system: You are a helpful assistant.
user:
Analyze the provided spectrum to determine if it is a **S-type Star**.

- **Key Indicators for S-type Star:**

    - **(Overall Spectrum Shape):** The first and most obvious characteristic is the overall continuum (the "baseline" shape). It is **extremely "red-sloping,"** meaning the flux (light intensity) is very low on the left side (blue, ~4000-4500 Å) and rises steeply and continuously toward the right side (red, ~7000 Å+).

    - **(Primary):** The spectrum is defined by the presence of strong, broad molecular absorption "valleys" (bands) from **Zirconium Oxide (ZrO)**. The identification of these bands is the **primary requirement** for classifying a star as S-type.
        - **(Key Bandheads):** You must find distinct, deep "dips" where the light has been absorbed. The most critical band systems to locate are:
            - **~6474 Å** ($\gamma$-system): This is often the strongest and clearest ZrO feature, found in the red part of the spectrum.
            - **~5718 Å** & **~5551 Å** ($\beta$-system): A pair of prominent absorption features in the yellow-orange part of the spectrum.
            - **~4640 Å** ($\alpha$-system): A key absorption band system in the blue-green region of the spectrum.

    - **(Secondary Confirmation):** The classification is strengthened by finding additional absorption bands from other related heavy element oxides, which are expected to be present alongside ZrO.
        - **(Key Bandheads):**
            - **Yttrium Oxide (YO):** Look for absorption dips near **~4800 Å** and **~6100 Å**.
            - **Lanthanum Oxide (LaO):** Additional absorption features, particularly in the red-orange part of the spectrum, are also characteristic.

    - **(Line Profile):** The combination of the steep red continuum and these numerous, deep molecular bands (ZrO, YO, etc.) gives the entire spectrum a very **"chopped-up"** or **"bumpy"** appearance. Instead of a smooth curve, the spectrum looks as though large, wide chunks of light have been "carved out" of it at the specific wavelengths listed above.

Think first, call **spectral_visualization_tool** if needed to examine features in detail, then provide your final answer. Your response must adhere to the following strict rules:
1.  **Overall Structure:** Your response must follow the format `<think>...</think> <tool_call>...</tool_call> (if a tool is used) <answer>...</answer>`.
2.  **Tool Usage Constraint:** You may only make **one** tool call per turn.
3.  **Final Answer Format:** In the `<answer>` tag, your conclusion must be inside a `\boxed{}` command (e.g., `\boxed{YES}` or `\boxed{NO}`), followed by your justification.

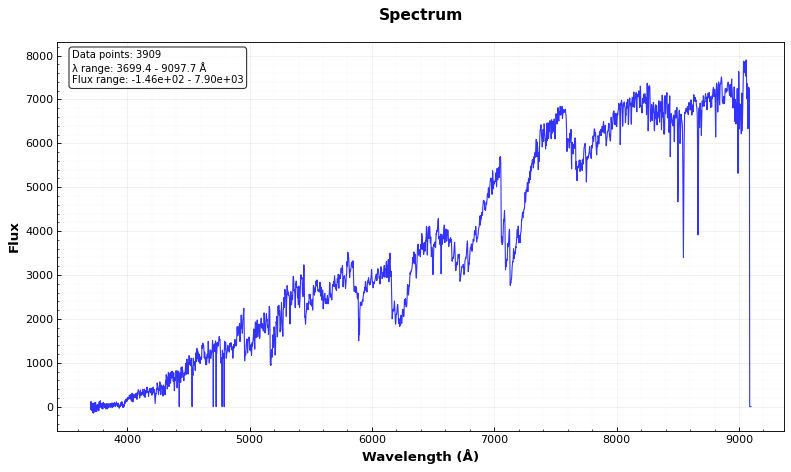
Answer: YES